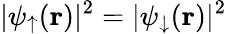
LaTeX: |\psi_{\uparrow}({\mathbf r})|^{2}=|\psi_{\downarrow}({\mathbf r})|^{2}